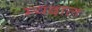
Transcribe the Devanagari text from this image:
म्यदाल